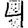
Digit: 4